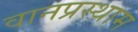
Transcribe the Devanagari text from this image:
वानप्रस्थाम